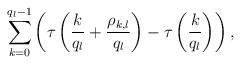
LaTeX: \begin{align*}\sum_{k=0}^{q_l-1} \left( \tau \left( \frac{k}{q_l} + \frac{\rho_{k,l}}{q_l} \right) - \tau \left( \frac{k}{q_l} \right) \right),\end{align*}